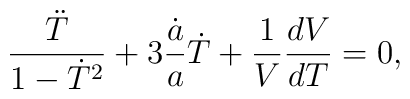
\frac{\ddot T}{1-\dot T^2}+3\frac{\dot a}{a}\dot T+\frac{1}{V}\frac{dV}{dT}=0,